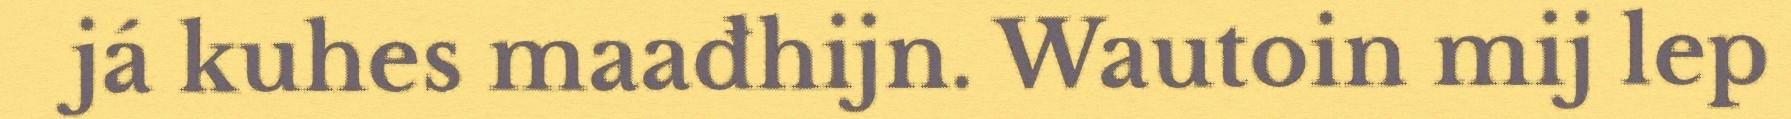
já kuhes maađhijn. Wautoin mij lep